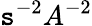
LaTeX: \mathtt{s}^{-2}A^{-2}